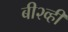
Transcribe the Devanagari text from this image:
बी२व्ही